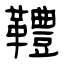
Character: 䪆